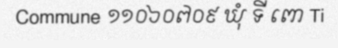
Commune ១១០៦០៧០៩ ឃុំ ទី ពោ Ti